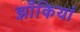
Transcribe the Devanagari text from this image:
झाँकियां